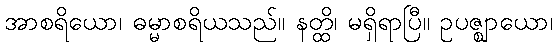
အာစရိယော၊ ဓမ္မာစရိယသည်။ နတ္ထိ၊ မရှိရာပြီ။ ဥပဇ္ဈာယော၊